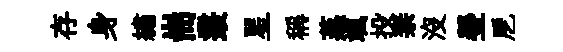
存身繡耑叢星稱蒸颯投柰没瑩戹